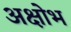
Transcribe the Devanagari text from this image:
अक्षोभ